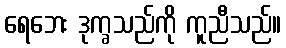
ရေဘေး ဒုက္ခသည်ကို ကူညီသည်။